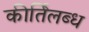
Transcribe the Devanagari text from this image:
कीर्तिलब्ध